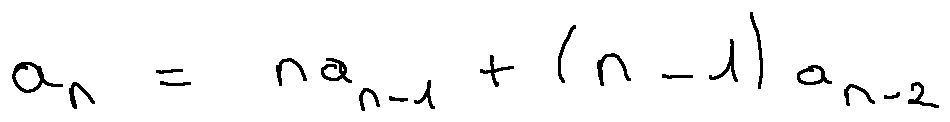
a _ { n } = n a _ { n - 1 } + ( n - 1 ) a _ { n - 2 }